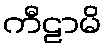
ကီဠာမိ